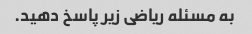
به مسئله ریاضی زیر پاسخ دهید.